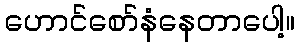
ဟောင်စော်နံနေတာပေါ့။